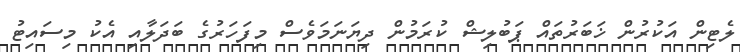
ލެޓިން އަކުރުން ޚަބަރުތައް ޕަބުލިޝް ކުރަމުން ދިޔަނަމަވެސް މިފަހަރުގެ ބަދަލާއި އެކު މިސައިޓު